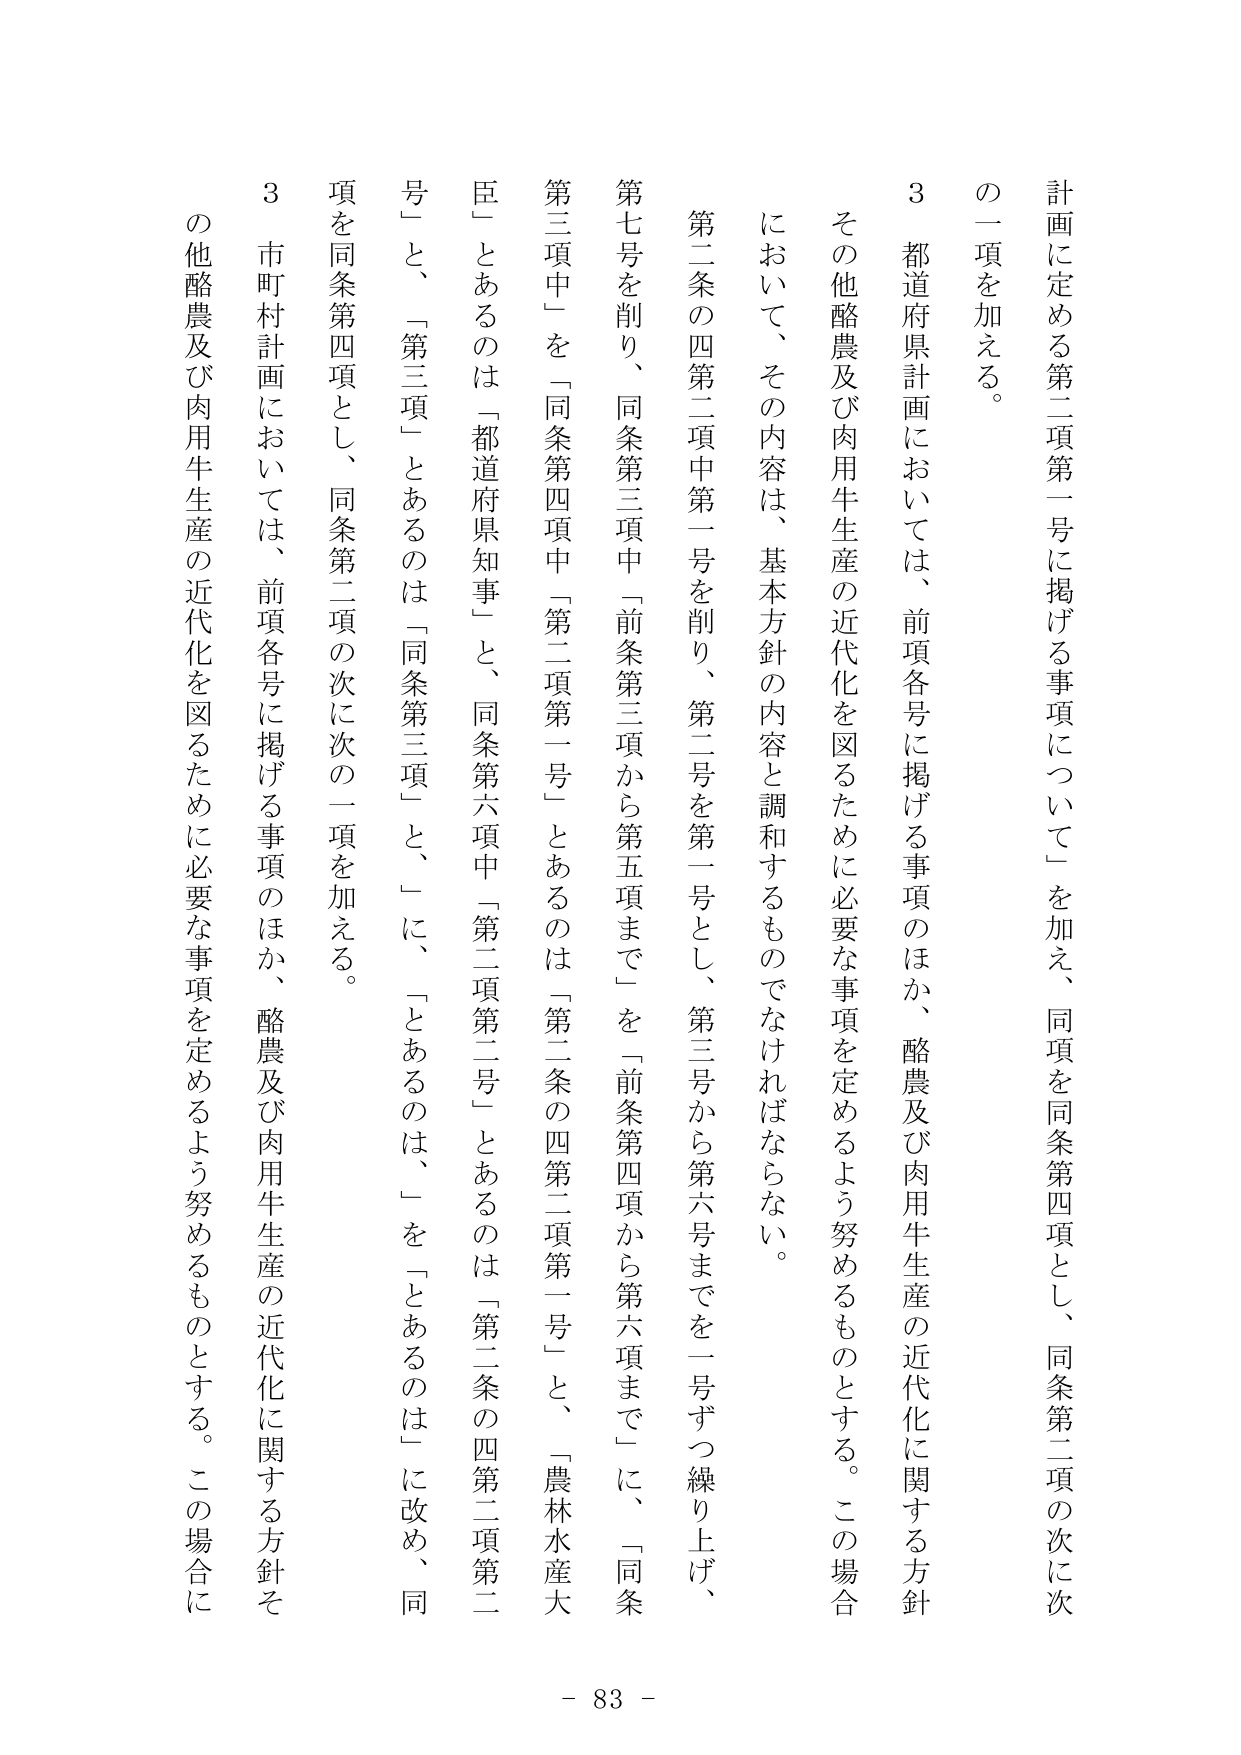
計画に定める第二項第一号に掲げる事項について」を加え、同項を同条第四項とし、同条第二項の次に次
の一項を加える。
3 都道府県計画においては、前項各号に掲げる事項のほか、酪農及び肉用牛生産の近代化に関する方針
その他酪農及び肉用牛生産の近代化を図るために必要な事項を定めるよう努めるものとする。この場合
において、その内容は、基本方針の内容と調和するものでなければならない。
第二条の四第二項中第一号を削り、第二号を第一号とし、第三号から第六号までを一号ずつ繰り上げ、
第七号を削り、同条第三項中「前条第三項から第五項まで」を「前条第四項から第六項まで」に、「同条
第三項中」を「同条第四項中「第二項第一号」であるのは「第二条の四第二項第一号」と、「農林水産大
臣」とあるのは「都道府県知事」と、同条第六項中「第二項第二号」とあるのは「第二条の四第二項第二
号」と、「第三項」とあるのは「同条第三項」と、「に、「とあるのは、「を「とあるのは」に改め、同
項を同条第四項とし、同条第二項の次に次の一項を加える。
3 市町村計画においては、前項各号に掲げる事項のほか、酪農及び肉用牛生産の近代化に関する方針そ
の他酪農及び肉用牛生産の近代化を図るために必要な事項を定めるよう努めるものとする。この場合に
- 83 -